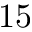
1 5